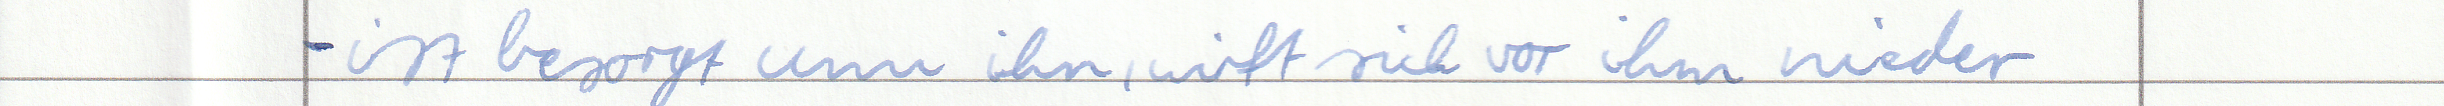
- ist besorgt um ihn, wirft sich vor ihm nieder